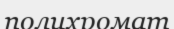
полихромат